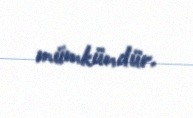
mümkündür.